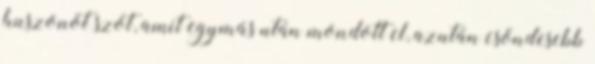
huszonöt szót, amit egymás után mondott el, azután csöndesebb